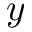
y